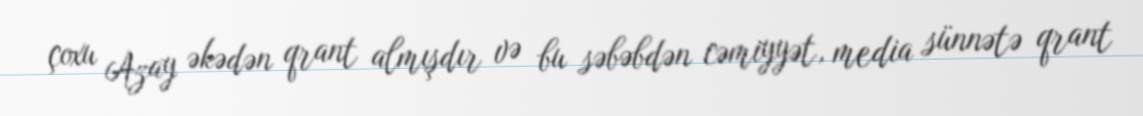
çoxu Azay əkədən qrant almışdır və bu səbəbdən cəmiyyət, media sünnətə qrant